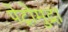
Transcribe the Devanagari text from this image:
पेट्रोमुद्रा